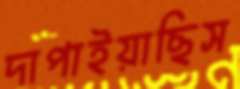
দাপাইয়াছিস